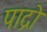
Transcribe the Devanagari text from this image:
पाद्रो